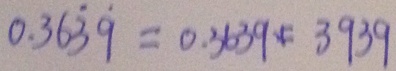
0 . 3 6 \dot { 3 } \dot { 9 } = 0 . 3 6 3 9 1 = 3 9 3 9